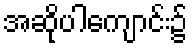
အဆိုပါကျောင်း၌